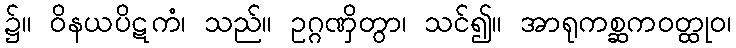
၌။ ဝိနယပိဋကံ၊ သည်။ ဥဂ္ဂဏှိတွာ၊ သင်၍။ အာရုကစ္ဆကဝတ္ထုဝ၊